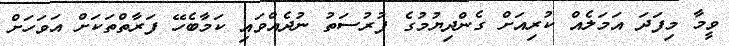
ވީމާ މިފަދަ އަމަލެއް ކުރިއަށް ގެންދިޔުމުގެ ފުރުސަތު ނުދެއްވައި ކަމާބެހޭ ފަރާތްތަކަށް އަވަހަށް